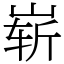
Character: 崭